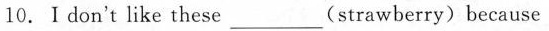
10.I don't like these ___ (strawberry) because